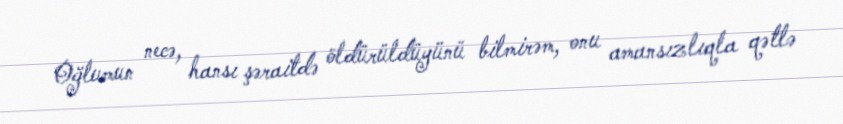
Oğlumun necə, hansı şəraitdə öldürüldüyünü bilmirəm, onu amansızlıqla qətlə